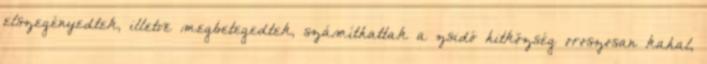
elszegényedtek, illetve megbetegedtek, számíthattak a zsidó hitközség oroszosan kahal,